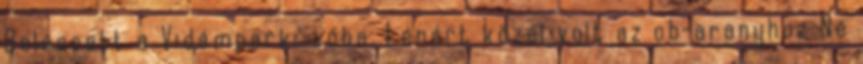
Beleesett a Vidámparki-tóba. Lénárt közel volt az ob-aranyhoz Ne